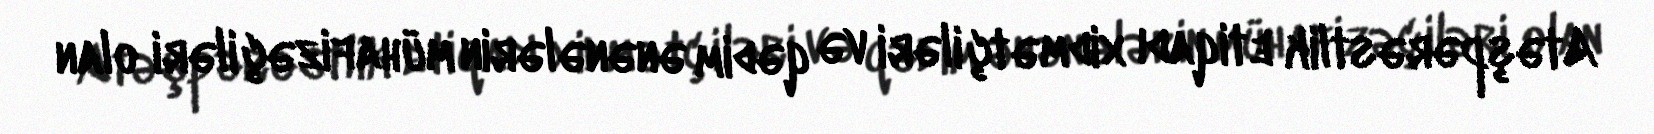
Atəşpərəstlik etiqadı xidmətçiləri və qədim ənənələrin mühafizəçiləri olan